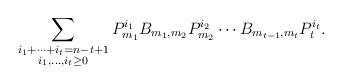
LaTeX: \begin{align*}\sum_{\substack{i_1+\cdots+i_t=n-t+1\\ i_1,\ldots,i_t\ge 0}}P_{m_1}^{i_1}B_{m_1,m_2}P_{m_2}^{i_2}\cdots B_{m_{t-1},m_t}P_t^{i_t}.\end{align*}